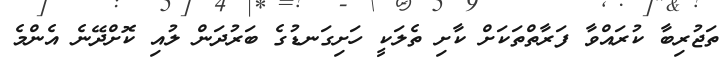
ތަޖުރިބާ ކުރައްވާ ފަރާތްތަކަށް ކާށި ތެލަކީ ހަށިގަނޑުގެ ބަރުދަން ލުއި ކޮށްދޭނެ އެންމެ